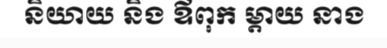
និយាយ និង ឪពុក ម្តាយ នាង